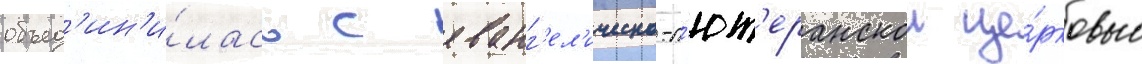
объед'ин'и́лась с еванг'ел'ическо-л'ют'еранскои це́рковью